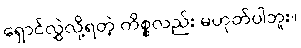
ရှောင်လွှဲလို့ရတဲ့ ကိစ္စလည်း မဟုတ်ပါဘူး။